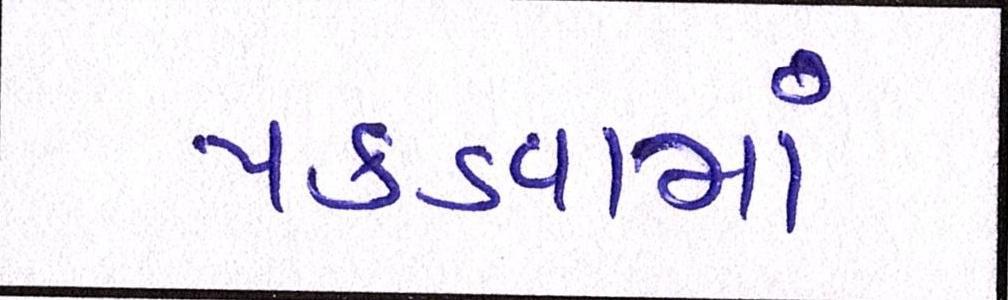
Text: પકડવામાં